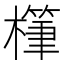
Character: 𪴅